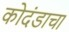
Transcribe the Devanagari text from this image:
कोदंडाचा